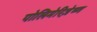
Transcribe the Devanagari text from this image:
पोलिमेरिज़ेष्ण